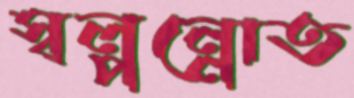
স্বল্পন্নোত